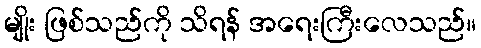
မျိုး ဖြစ်သည်ကို သိရန် အရေးကြီးလေသည်။